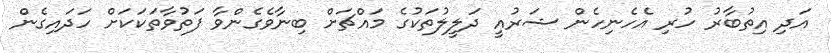
އަދި އިތުބާރު ހުރި އެހެނިހެން ޝަރުއީ ދަލީލުތަކުގެ މައްޗަށް ބިނާވެގެންވާ ފަތުވާތަކަކަށް ހަދައިގެން